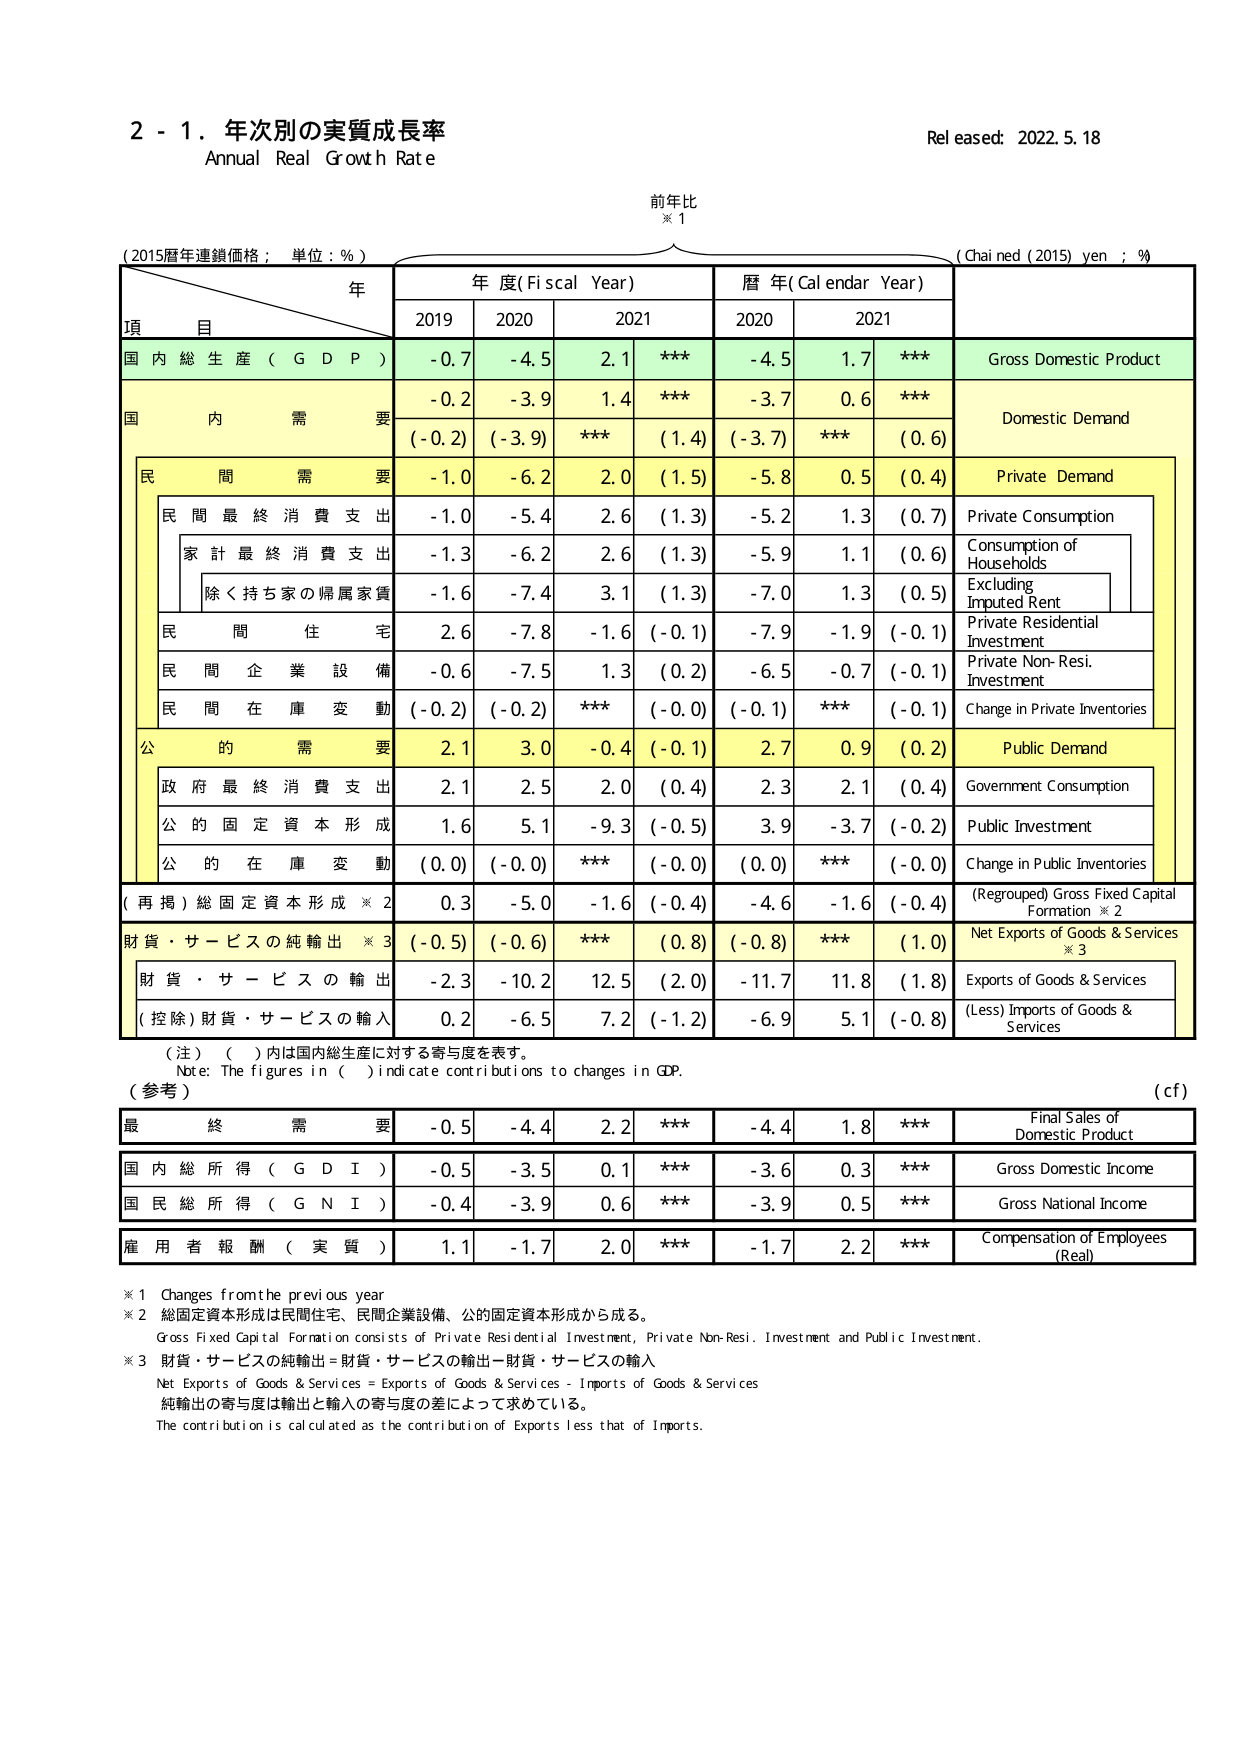
2 - 1. 年次別の実質成長率
Annual Real Growth Rate
Released: 2022.5.18

前年比
※1

(2015暦年連鎖価格；単位：%）
年
項 目
年 度 (Fiscal Year)
暦 年 (Calendar Year)
(Chained (2015) yen ; %)

2019
2020
2021
2020
2021

国内総生産（GDP）
-0.7
-4.5
2.1
***
-4.5
1.7
***
Gross Domestic Product

国内需要
-0.2
-3.9
1.4
***
-3.7
0.6
***
Domestic Demand
(-0.2)
(-3.9)
***
(1.4)
(-3.7)
***
(0.6)

民間需要
-1.0
-6.2
2.0
(1.5)
-5.8
0.5
(0.4)
Private Demand

民間最終消費支出
-1.0
-5.4
2.6
(1.3)
-5.2
1.3
(0.7)
Private Consumption

家計最終消費支出
-1.3
-6.2
2.6
(1.3)
-5.9
1.1
(0.6)
Consumption of Households

除く持ち家の帰属家賃
-1.6
-7.4
3.1
(1.3)
-7.0
1.3
(0.5)
Excluding Imputed Rent

民間住宅
2.6
-7.8
-1.6
(-0.1)
-7.9
-1.9
(-0.1)
Private Residential Investment

民間企業設備
-0.6
-7.5
1.3
(0.2)
-6.5
-0.7
(-0.1)
Private Non-Resi. Investment

民間在庫変動
(-0.2)
(-0.2)
***
(-0.0)
(-0.1)
***
(-0.1)
Change in Private Inventories

公的需要
2.1
3.0
-0.4
(-0.1)
2.7
0.9
(0.2)
Public Demand

政府最終消費支出
2.1
2.5
2.0
(0.4)
2.3
2.1
(0.4)
Government Consumption

公的固定資本形成
1.6
5.1
-9.3
(-0.5)
3.9
-3.7
(-0.2)
Public Investment

公的在庫変動
(0.0)
(-0.0)
***
(-0.0)
(0.0)
***
(-0.0)
Change in Public Inventories

(再掲)総固定資本形成※2
0.3
-5.0
-1.6
(-0.4)
-4.6
-1.6
(-0.4)
(Regrouped) Gross Fixed Capital Formation ※2

財貨・サービスの純輸出※3
(-0.5)
(-0.6)
***
(0.8)
(-0.8)
***
(1.0)
Net Exports of Goods & Services ※3

財貨・サービスの輸出
-2.3
-10.2
12.5
(2.0)
-11.7
11.8
(1.8)
Exports of Goods & Services

(控除)財貨・サービスの輸入
0.2
-6.5
7.2
(-1.2)
-6.9
5.1
(-0.8)
(Less) Imports of Goods & Services

（注）（ ）内は国内総生産に対する寄与度を表す。
Note: The figures in ( ) indicate contributions to changes in GDP.

（参考）
（cf）

最終需要
-0.5
-4.4
2.2
***
-4.4
1.8
***
Final Sales of Domestic Product

国内総所得（GDI）
-0.5
-3.5
0.1
***
-3.6
0.3
***
Gross Domestic Income

国民総所得（GNI）
-0.4
-3.9
0.6
***
-3.9
0.5
***
Gross National Income

雇用者報酬（実質）
1.1
-1.7
2.0
***
-1.7
2.2
***
Compensation of Employees (Real)

※1 Changes from the previous year
※2 総固定資本形成は民間住宅、民間企業設備、公的固定資本形成から成る。
Gross Fixed Capital Formation consists of Private Residential Investment, Private Non-Resi. Investment and Public Investment.
※3 財貨・サービスの純輸出＝財貨・サービスの輸出－財貨・サービスの輸入
Net Exports of Goods & Services = Exports of Goods & Services - Imports of Goods & Services
純輸出の寄与度は輸出と輸入の寄与度の差によって求めている。
The contribution is calculated as the contribution of Exports less that of Imports.